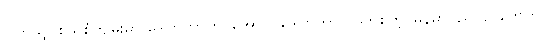
ဗြိတိသျှ စွယ်စုံကျမ်းမှာ ဒေါက်တာထင်အောင်၊ ဒေါက်တာလှဘေစတဲ့ မြန်မာပညာရှင်တွေက